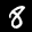
Label: 8